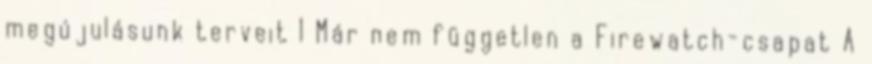
megújulásunk terveit 1 Már nem független a Firewatch-csapat A